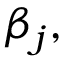
\beta _ { j } ,